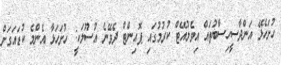
ހުށަހެޅޭ އަންދާސީހިސާބުތައް އިވެލުއޭޓް ކުރުމުގައި ޕޮއިންޓް ދެވޭނެ އުސޫލަކީ: ހުށަހަޅާ އެންމެ ކުޑައަގަށް